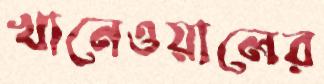
খানেওয়ালের